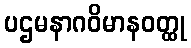
ပဌမနာဂဝိမာနဝတ္ထု